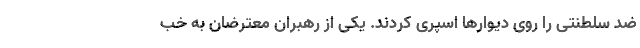
ضد سلطنتی را روی دیوارها اسپری کردند. یکی از رهبران معترضان به خب